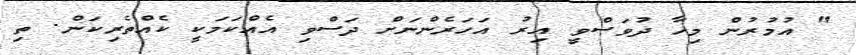
" އުމުރުން މިހާ ދުވަސްވީ އިރު އަހަރެންނަށް ދަސްވި އެއްކަމަކީ ކެއްތެރިކަން. ތި